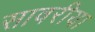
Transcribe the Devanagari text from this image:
सावरीया